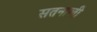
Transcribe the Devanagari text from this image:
सतनाली